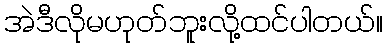
အဲဒီလိုမဟုတ်ဘူးလို့ထင်ပါတယ်။